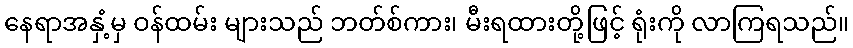
နေရာအနှံ့မှ ဝန်ထမ်း များသည် ဘတ်စ်ကား၊ မီးရထားတို့ဖြင့် ရုံးကို လာကြရသည်။